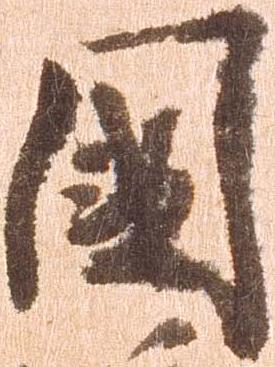
国